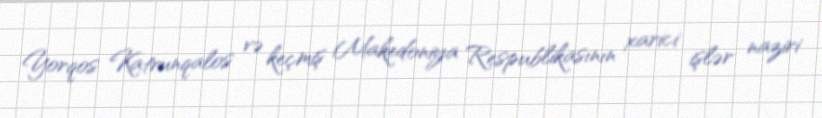
Yorqos Katrunqalos və keçmiş Makedoniya Respublikasının xarici işlər naziri